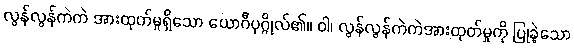
လွန်လွန်ကဲကဲ အားထုတ်မှုရှိသော ယောဂီပုဂ္ဂိုလ်၏။ ဝါ၊ လွန်လွန်ကဲကဲအားထုတ်မှုကို ပြုခဲ့သော